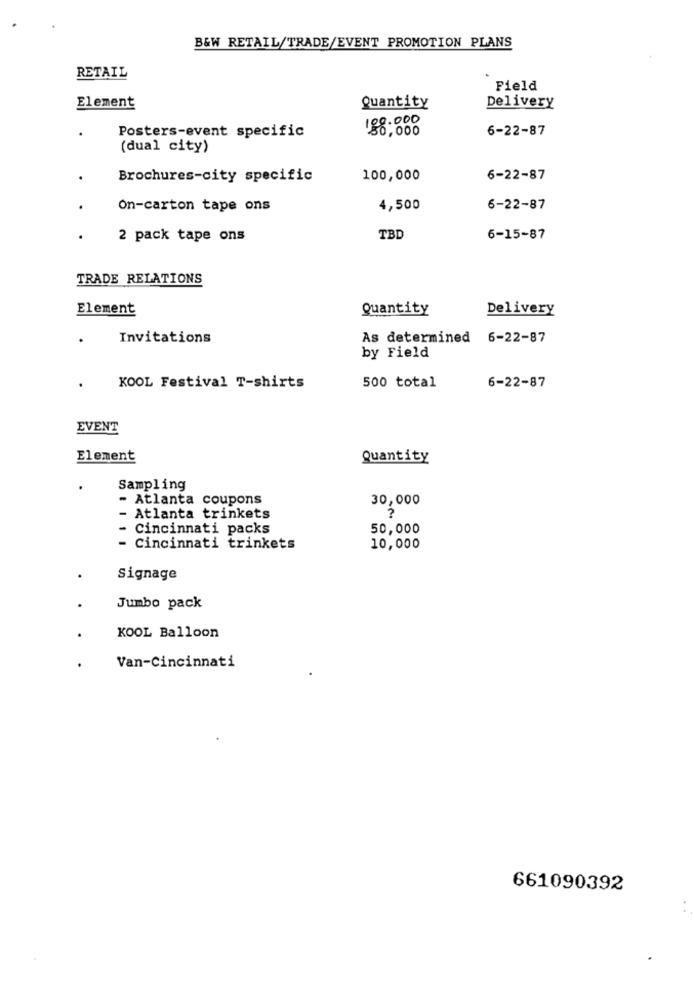
B&W RETAIL/TRADE/EVENT PROMOTION PLANS
RETAIL
Field
Element
Quantity
Delivery
188.000
Posters-event specific
6,000
6-22-87
(dual city)
Brochures-city specific
100,000
6-22-87
On-carton tape ons
4,500
6-22-87
2 pack tape ons
TBD
6-15-87
TRADE RELATIONS
Element
Quantity
Delivery
Invitations
As determined 6-22-87
by Field
KOOL Festival T-shirts
500 total
6-22-87
EVENT
Element
Quantity
.
Sampling
- Atlanta coupons
30,000
- Atlanta trinkets
?
Cincinnati packs
50,000
- Cincinnati trinkets
10,000
Signage
Jumbo pack
KOOL Balloon
Van-Cincinnati
661090392